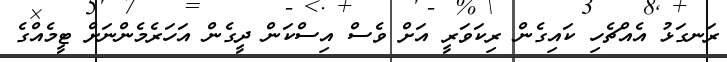
ރަނގަޅު އެއްޗެހި ކައިގެން ރިކަވަރީ އަށް ވެސް އިސްކަން ދީގެން އަހަރެމެންނަށް ޓީމެއްގެ